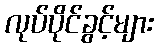
လုပ်ပိုင်ခွင့်များ